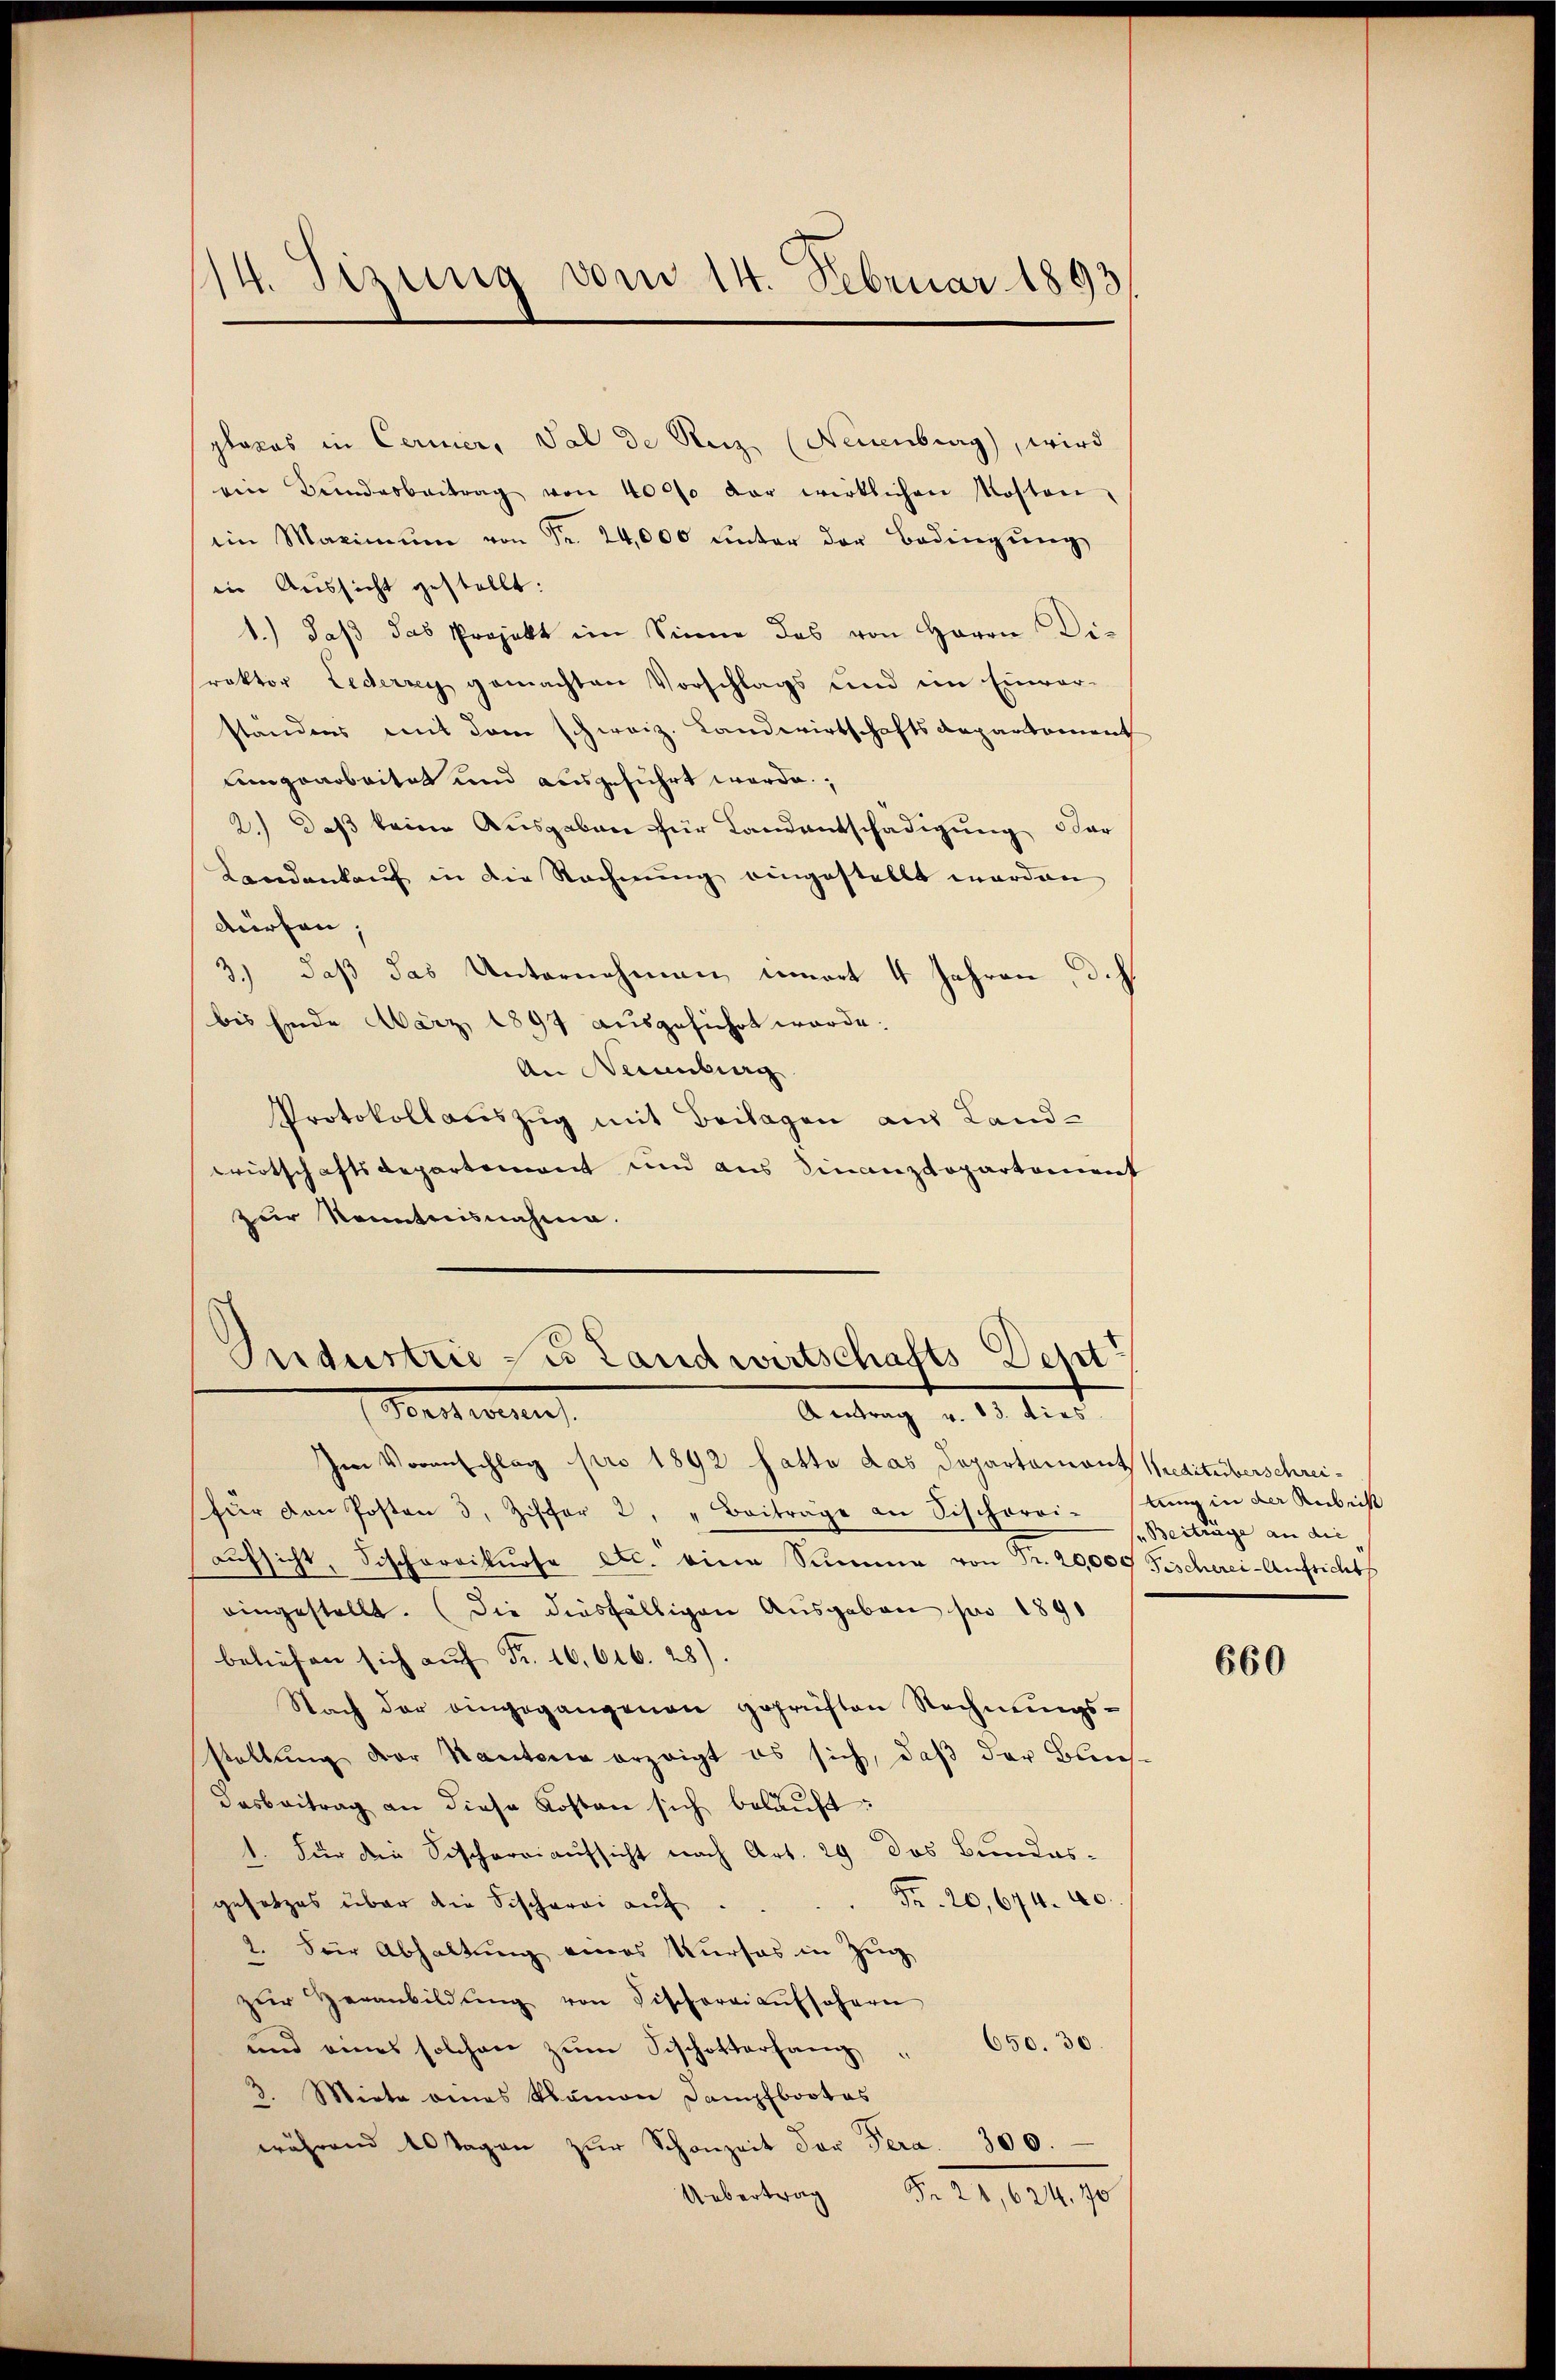
14. Sizung vom 14. Februar 1893

places in Cerner, Sal de Reiz (Neuenburg, wird
ein Bunderbeitrag von 40000 der wirklichen Mosten
iin Maximŭm von Fr. 24,000 unter der Bedingŭng
in Aussicht gestellt:
1.) daβ das Projekt im Sinne das von Herrn Dis
Prektor Lederrey gemachten Vorschlags und im Einver-
ständens mit dem schweiz. Landwirtschaftsdepartement
Limgearbeitet und ausgeführt werde.
2.) Daß keine Ausgaben für Landentschädigung oder
Landankaŭf in die Rechnŭng eingestellt werden
dürfen;
3.) daß das Unternehmen innert 4 Jahren, d. h.
bis Ende März 1897 ausgeführt wurde.
An Neuenburg
Protokollauszug mit Beilagen aus Land-
wirtschaftsdepartement und aus Finanzdepartement
zur Kenntnisnahme.

Industrie des Landwirtschafts-Dept
Weiterung
Aantrag v. 13. dies

Im Voranschlag pro 1892 fatte das Departemont Meditüberschreifür den Posten 3, Ziffer 2, "Beiträge an Sischerei- stung in der Rubrik
aufsicht, Fischereikurse etc. eine Summe von Fr. 20,000 Fischerei-Aufsicht
eingestellt. (die diesfälligen Ausgaben pr 1891
beliefen sich aŭf Fr. 16,616. 28).
Nach der eingegangenen geprüften Rechnungsstellung der Kantone erzeigt es sich, daβ der Buchdasbeitrag an diese Kosten sich bekaŭft:
1. Für die Sischereiaufsicht nach Art. 29 des Bundes¬
Fr. 20, 674. 40.
gesetzes über die Fischerei auf
2. Für Abhaltung eines Kurses in Zug
zŭr Heranbildŭng von Fischereiaufschern
und eines solchen zŭm Schchotterhang " 650. 30.
3. Mirte eines Klamon Dampfbootes
währen 10 Tagen zŭr Schanzeit der Pera. 300.
Fr. 28,624. 70
Uebertrag

Beiträge an die

660